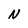
Character: N